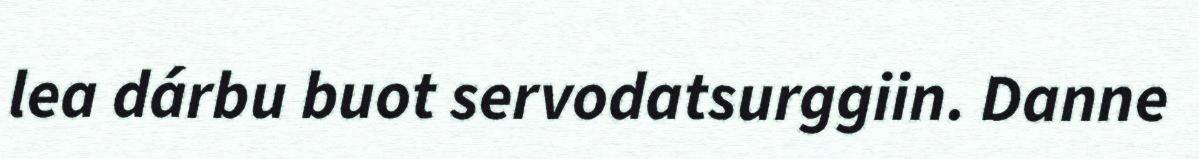
lea dárbu buot servodatsurggiin. Danne